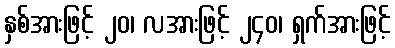
နှစ်အားဖြင့် ၂၀၊ လအားဖြင့် ၂၄၀၊ ရှက်အားဖြင့်